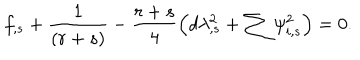
f _ { , s } + \frac { 1 } { \left( r + s \right) } - \frac { r + s } { 4 } \left( d \lambda _ { , s } ^ { 2 } + \sum \psi _ { i , s } ^ { 2 } \right) = 0 .